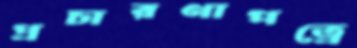
প্রচারণাপত্রে